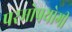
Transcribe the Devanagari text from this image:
परमोपयोगी